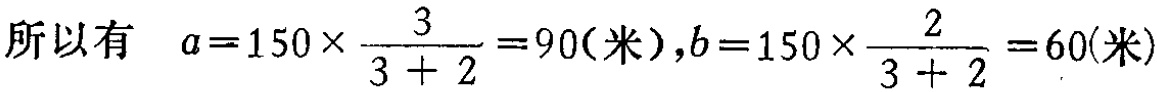
所以有 \(a = 150\times\frac{3}{3 + 2}=90(米),b = 150\times\frac{2}{3 + 2}=60(米)\)